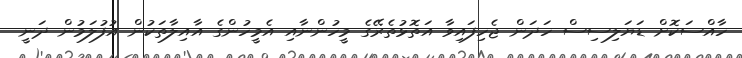
ހާއްސަކޮށް ޑަޔަލިސިސް ހަދަން ޖެހިފައިވާ އަތޮޅުތެރޭގެ މީހުންނާއި އެމީހުންގެ އާއިލާތަކުން އުފުލަމުން ދަނީ